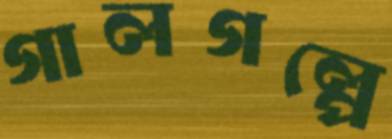
গালগল্পে